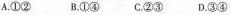
A①② B.①④ C.②③ D.③④